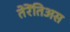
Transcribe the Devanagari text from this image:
तेरेंतिअस